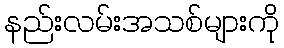
နည်းလမ်းအသစ်များကို